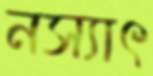
নস্যাৎ